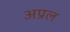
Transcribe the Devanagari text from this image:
अप्रल